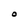
Character: O